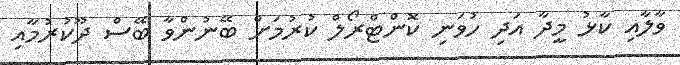
ވާލާއި ކާޅު މީދާ އަދި ހުވަނި ކޮންޓްރޯލް ކުރުމަށް ބޭނުންވާ ބޭސް ދޫކުރުމާއި